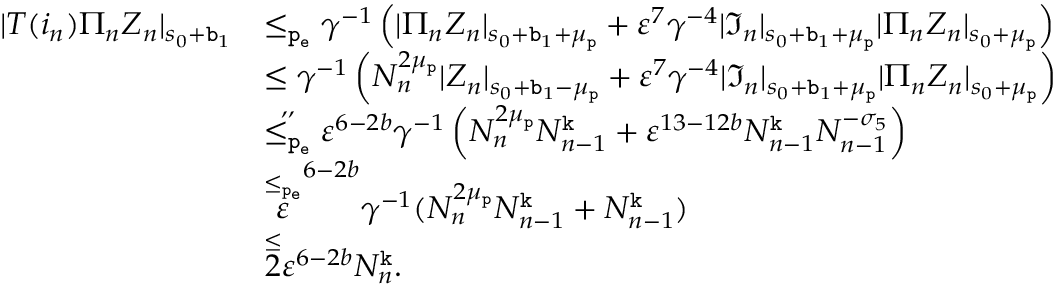
\begin{array} { r l } { | T ( i _ { n } ) \Pi _ { n } Z _ { n } | _ { s _ { 0 } + \mathtt { b } _ { 1 } } } & { \le _ { \mathtt { p _ { e } } } \gamma ^ { - 1 } \left( | \Pi _ { n } Z _ { n } | _ { s _ { 0 } + \mathtt { b } _ { 1 } + \mu _ { \mathtt { p } } } + \varepsilon ^ { 7 } \gamma ^ { - 4 } | \mathfrak { I } _ { n } | _ { s _ { 0 } + \mathtt { b } _ { 1 } + \mu _ { \mathtt { p } } } | \Pi _ { n } Z _ { n } | _ { s _ { 0 } + \mu _ { \mathtt { p } } } \right) } \\ & { \le \gamma ^ { - 1 } \left( N _ { n } ^ { 2 \mu _ { \mathtt { p } } } | Z _ { n } | _ { s _ { 0 } + \mathtt { b } _ { 1 } - \mu _ { \mathtt { p } } } + \varepsilon ^ { 7 } \gamma ^ { - 4 } | \mathfrak { I } _ { n } | _ { s _ { 0 } + \mathtt { b } _ { 1 } + \mu _ { \mathtt { p } } } | \Pi _ { n } Z _ { n } | _ { s _ { 0 } + \mu _ { \mathtt { p } } } \right) } \\ & { \overset { , , } { \le _ { \mathtt { p _ { e } } } } \varepsilon ^ { 6 - 2 b } \gamma ^ { - 1 } \left( N _ { n } ^ { 2 \mu _ { \mathtt { p } } } N _ { n - 1 } ^ { \mathtt { k } } + \varepsilon ^ { 1 3 - 1 2 b } N _ { n - 1 } ^ { \mathtt { k } } N _ { n - 1 } ^ { - \sigma _ { 5 } } \right) } \\ & { \overset { \le _ { \mathtt { p _ { e } } } } \varepsilon ^ { 6 - 2 b } \gamma ^ { - 1 } ( N _ { n } ^ { 2 \mu _ { \mathtt { p } } } N _ { n - 1 } ^ { \mathtt { k } } + N _ { n - 1 } ^ { \mathtt { k } } ) } \\ & { \overset \le 2 \varepsilon ^ { 6 - 2 b } N _ { n } ^ { \mathtt { k } } . } \end{array}